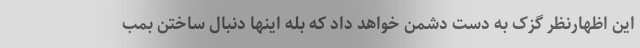
این اظهارنظر گزک به دست دشمن خواهد داد که بله اینها دنبال ساختن بمب